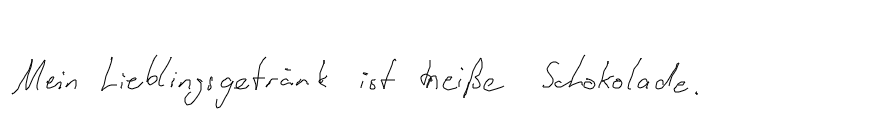
Mein Lieblingsgetränk ist heiße Schokolade.